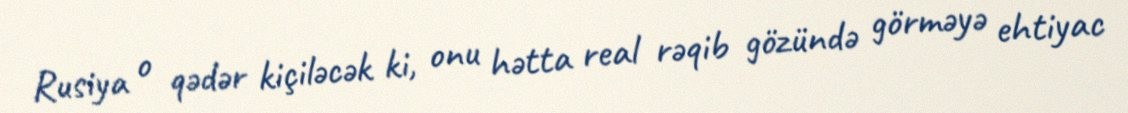
Rusiya o qədər kiçiləcək ki, onu hətta real rəqib gözündə görməyə ehtiyac